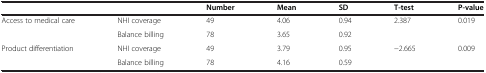
| <COLSPAN=2>  | Number | Mean | SD | T-test | P-value |
 | --- | --- | --- | --- | --- | --- | --- |
 | <ROWSPAN=2> Access to medical care | NHI coverage | 49 | 4.06 | 0.94 | <ROWSPAN=2> 2.387 | <ROWSPAN=2> 0.019 |
 | Balance billing | 78 | 3.65 | 0.92 |
 | <ROWSPAN=2> Product differentiation | NHI coverage | 49 | 3.79 | 0.95 | <ROWSPAN=2> −2.665 | <ROWSPAN=2> 0.009 |
 | Balance billing | 78 | 4.16 | 0.59 |